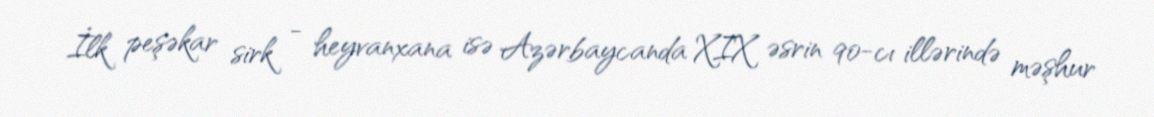
İlk peşəkar sirk - heyvanxana isə Azərbaycanda XIX əsrin 90-cı illərində məşhur